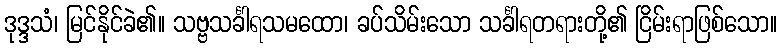
ဒုဒ္ဒသံ၊ မြင်နိုင်ခဲ၏။ သဗ္ဗသင်္ခါရသမထော၊ ခပ်သိမ်းသော သင်္ခါရတရားတို့၏ ငြိမ်းရာဖြစ်သော။